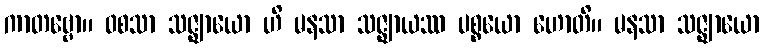
ကာတဗ္ဗော။ ဝစသာ သဇ္ဈာယော ဟိ မနသာ သဇ္ဈာယဿ ပစ္စယော ဟောတိ။ မနသာ သဇ္ဈာယော